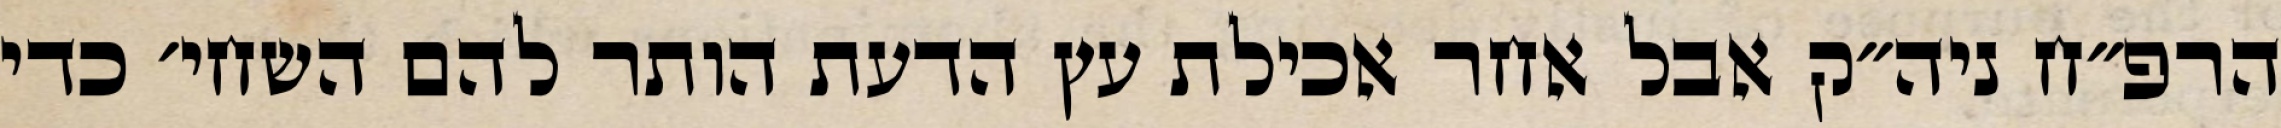
הרפ״ח ניה״ק אבל אחר אכילת עץ הדעת הותר להם השחי׳ כדי